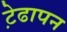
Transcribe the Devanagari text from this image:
ट़ेढापन